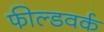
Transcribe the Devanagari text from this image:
फील्डवर्क